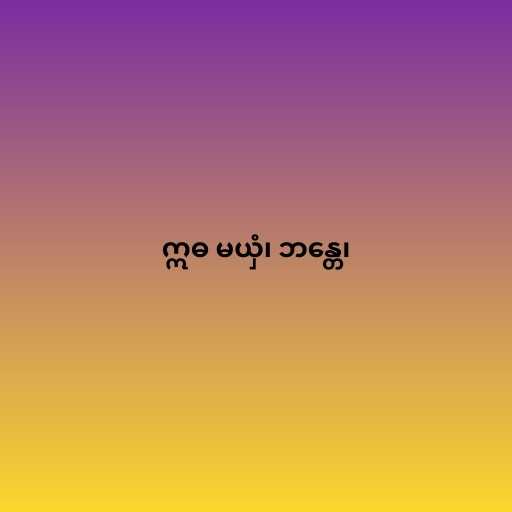
ဣဓ မယှံ၊ ဘန္တေ၊